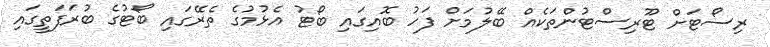
ރިސޯޓަށް ޓޫރިސްޓުންތަކެއް ބޭލުމަށް ފަހު ބޮއިގައި ބޯޓު އެޅުމުގެ ތެރޭގައި ބޯޓުގެ ބުރަފަތީގައި